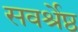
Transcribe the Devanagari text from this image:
सवर्श्रेष्ठ